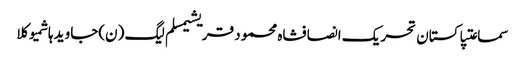
سماعتپاکستان تحریک انصافشاہ محمود قریشیمسلم لیگ (ن)جاوید ہاشمیوکلا